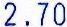
2.70